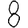
Digit: 8